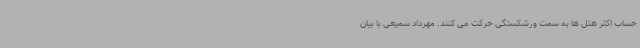
حساب اکثر هتل ها به سمت ورشکستگی حرکت می کنند. مهرداد سمیعی با بیان